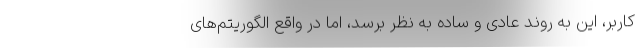
کاربر، این به روند عادی و ساده به نظر برسد، ‌اما در واقع الگوریتم‌های